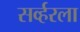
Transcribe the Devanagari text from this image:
सर्व्हरला